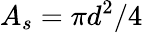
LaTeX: A_{s}=\pi d^{2}/4